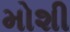
મોશી